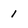
Character: 1